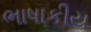
ભાષાકીય